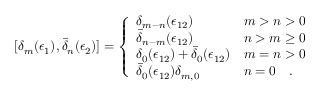
[ \delta _ { m } ( \epsilon _ { 1 } ) , \bar { \delta } _ { n } ( \epsilon _ { 2 } ) ] = \left\{ \begin{array} { l l } { { \delta _ { m - n } ( \epsilon _ { 1 2 } ) } } & { { m > n > 0 } } \\ { { \bar { \delta } _ { n - m } ( \epsilon _ { 1 2 } ) } } & { { n > m \geq 0 } } \\ { { \delta _ { 0 } ( \epsilon _ { 1 2 } ) + \bar { \delta } _ { 0 } ( \epsilon _ { 1 2 } ) } } & { { m = n > 0 } } \\ { { \bar { \delta } _ { 0 } ( \epsilon _ { 1 2 } ) \delta _ { m , 0 } } } & { { n = 0 \quad . } } \end{array} \right.